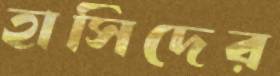
হাসিদের